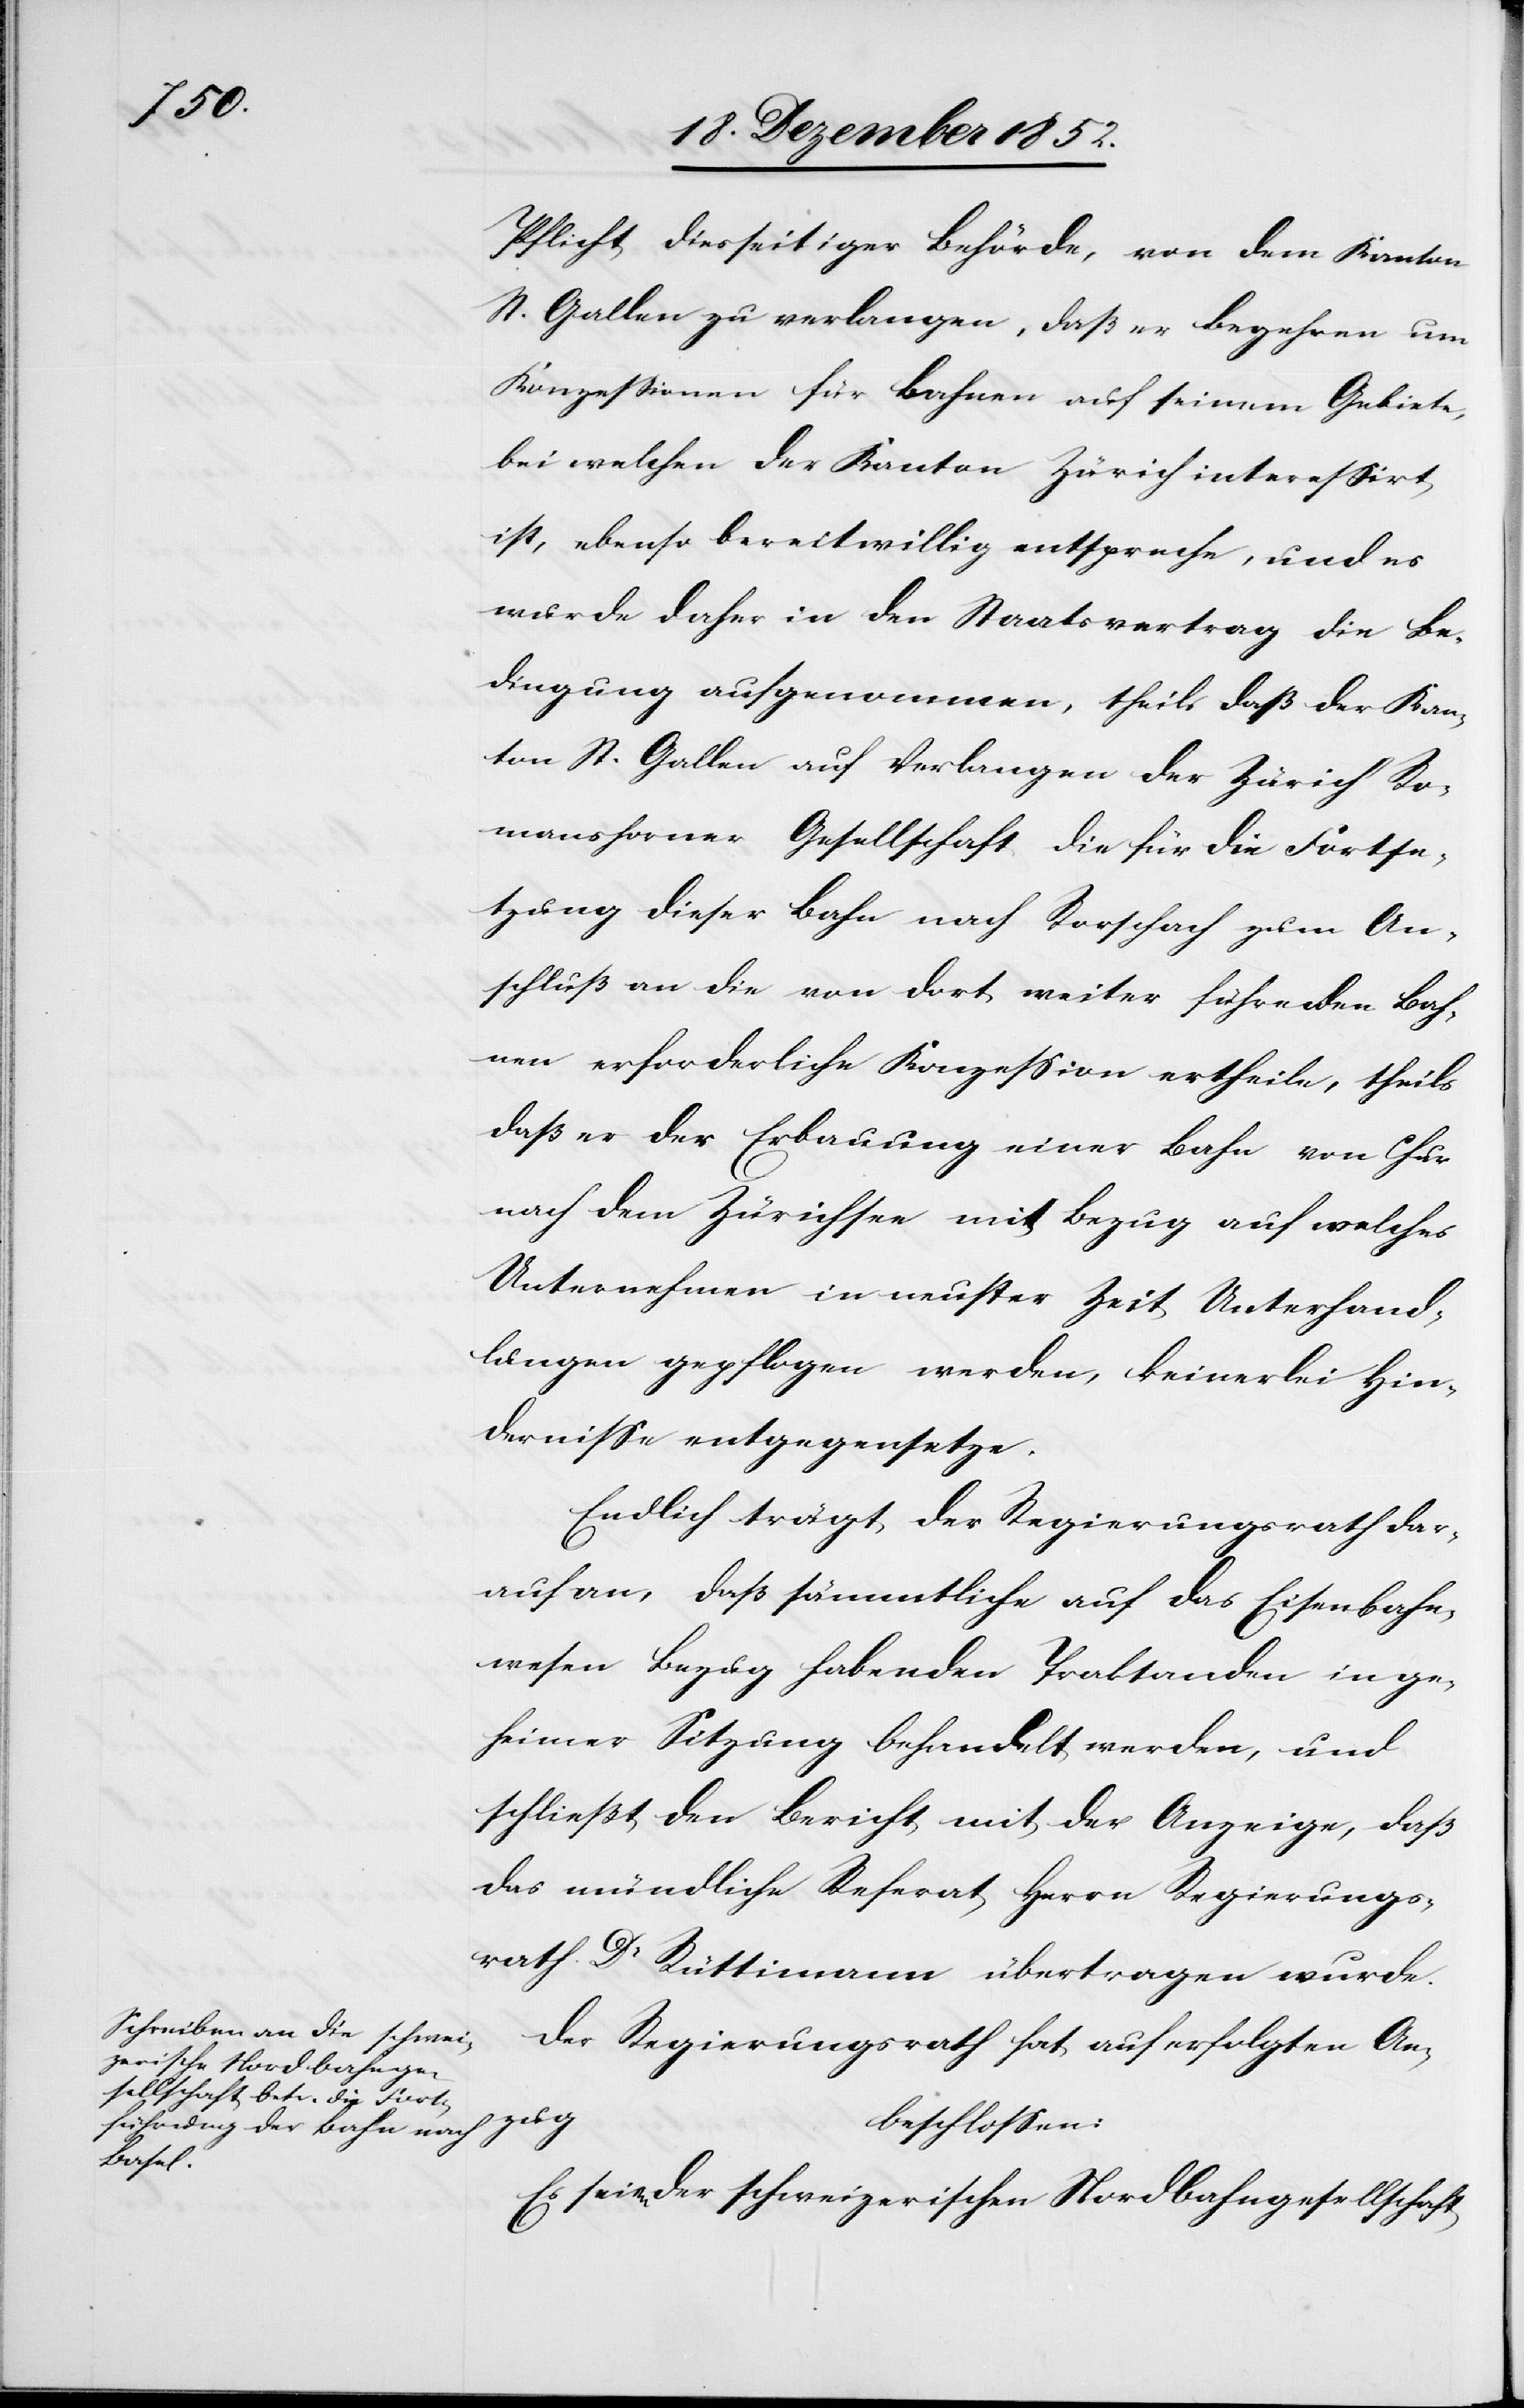
Pflicht diesseitiger Behörde, von dem Kanton
St. Gallen zu verlangen, daß er Begehren um
Konzessionen für Bahnen auf seinem Gebiete,
bei welchen der Kanton Zürich interessirt
ist, ebenso bereitwillig entspreche, und es
wurde daher in den Staatsvertrag die Be¬
dingung aufgenommen, theils daß der Kan¬
ton St. Gallen auf Verlangen der Zürich Ro¬
manshorner Gesellschaft die für die Fortse¬
tzung dieser Bahn nach Rorschach zum An¬
schluß an die von dort weiter führenden Bah¬
nen erforderliche Konzession ertheile, theils
daß er der Erbauung einer Bahn von Chur
nach dem Zürichsee mit Bezug auf welches
Unternehmen in neuster Zeit Unterhand¬
lungen gepflogen werden, keinerlei Hin¬
dernisse entgegensetze.
Endlich trägt der Regierungsrath dar¬
auf an, daß sämmtliche auf das Eisenbahn¬
wesen Bezug habenden Traktanden in ge¬
heimer Sitzung behandelt werden, und
schließt den Bericht mit der Anzeige, daß
das mündliche Referat Herr Regierungs¬
rath Dr Rüttimann übertragen wurde.
Der Regierungsrath hat auf erfolgten An¬
zug
beschlossen:
Es seien der schweizerischen Nordbahngesellschaft